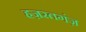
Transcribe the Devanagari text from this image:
हज़रतगंज़